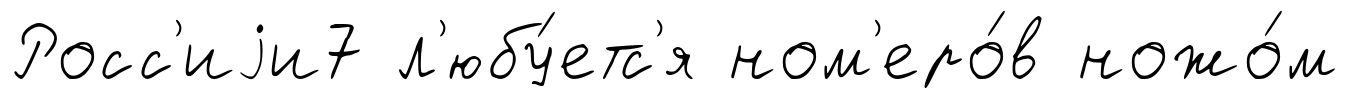
Росс'иjи7 л'юбу́етс'я ном'еро́в ножо́м